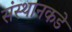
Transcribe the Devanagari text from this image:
संस्थानकडे